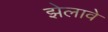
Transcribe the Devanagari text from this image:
झेलावे